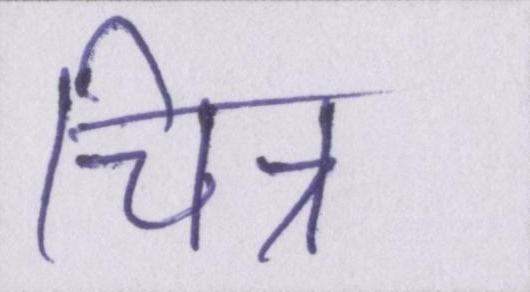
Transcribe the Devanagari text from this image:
चित्र